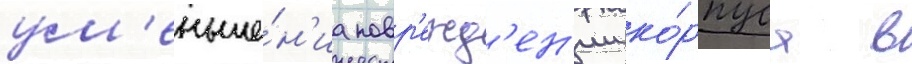
ум'еньше́н'иа повр'ежд'ен'ии ко́рпуса в